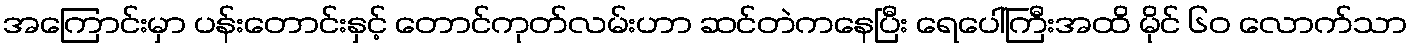
အကြောင်းမှာ ပန်းတောင်းနှင့် တောင်ကုတ်လမ်းဟာ ဆင်တဲကနေပြီး ရေပေါ်ကြီးအထိ မိုင် ၆၀ လောက်သာ